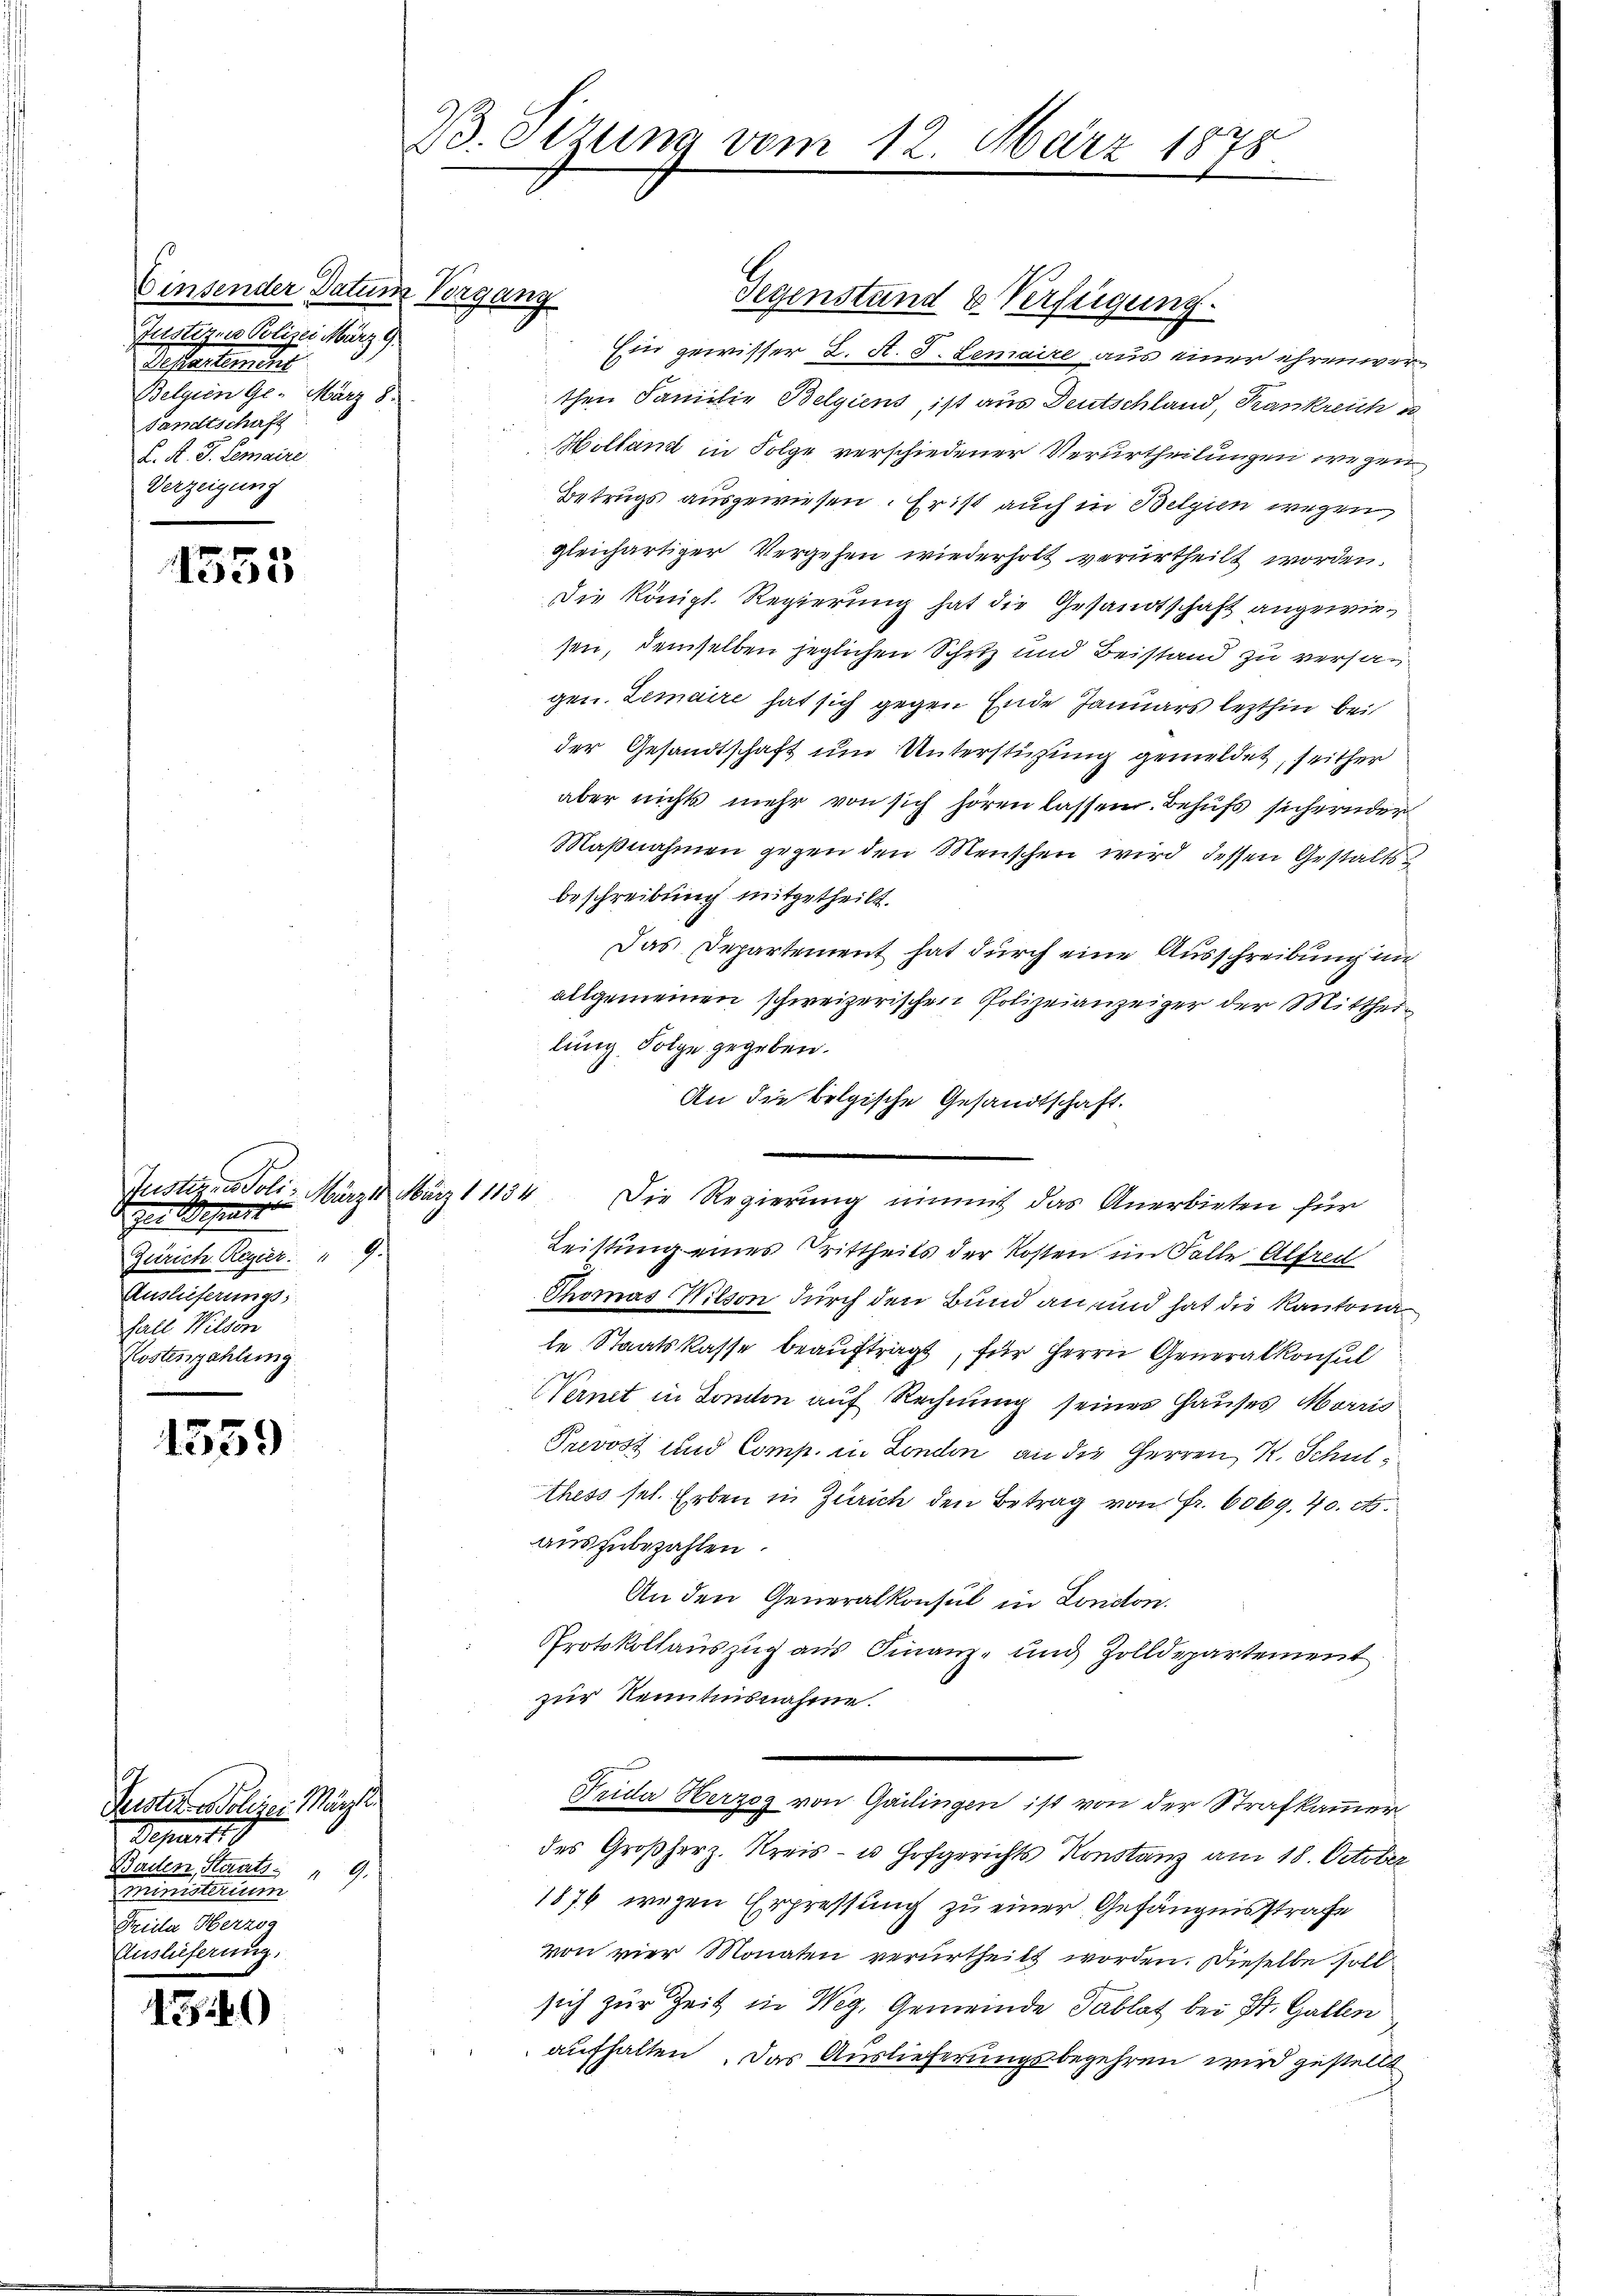
Einsender Datum Vergang
Justiz- u Polizei März 9.
Pestanten die
Belgien Ge- März 8.
sandtschaft
L. K. J. Lemaire
Verzeigung

1553

d zur Befest
.
Zürich. Regier
Auslieferung;
Fall Wilden
Kostenzahlung

1559

Peister Polizei Märzte
Depart
Baden Staats " 9.
Ministerium
Srila Herzog

1340)

B. Sizung vom 12. März 1878

Gegenstand & Verfügung.
Ein gewisser 2. A. S. Lemaire aus einer ehrenwerthen Familie Belgiens, ist aus Deutschland, Frankreich
Holland in Folge verschiedener Verurtheilungen wegen
Betrugs ausgewiesen. Er ist auch in Belgien wegen,
gleichartiger Vergehen wiederholt verurtheilt worden.
Die Königl. Regierung hat die Gesandtschaft angewiesen, demselben jeglichen Schutz und Beistand zu versagen. Lemaire hat sich gegen Ende Januars lezthin bei
der Gesandtschaft um Unterstüzung gemeldet, seither
aber nichts mehr von sich hören lassen. Behufs sichernder
Maßnahmen gegen den Menschen wird dessen Gestaltsbeschreibung mitgetheilt.
Das Departement hat durch eine Ausschreibung un
allgemeinen schweizerischen Polizeianzeiger der Mittheilung Folge gegeben.
An die belgische Gesandtschaft.
Justiz- & Poli- Märzt März 11134. Die Regierŭng einmit das Anerbieten für
Leistung eines Trittheils der Kosten im Falle Alfred
Thomas Wilson durch den Bund an und hat die Kantona
le Staatskasse beauftragt, für Herrn Generalkonsul
2
Cernt in Tomon auf Rechnung seiner Hauses Morris
Prevost und Comp. in London an die Herren K. Schulthess sel. Erben in Zürich den Betrag von Fr. 6069. 40. et.
auszubezahlen.
An den Generalkonsul in London.
Protokollauszug aus Finanz- und Zolldepartement
zur Kenntnisnahme.
Frida Herzog von Gailingen ist von der Strafkammer
des Großherz. Kreis- u. Hofgerichts Konstanz am 18. October
1876 wegen Erpressung zu einer Gefängnisstrafe
von vier Monaten verurtheilt worden. Dieselbe sollsich zur Zeit in Weg, Gemeinde Tablat bei St. Gallen
aufhalten. Das Auslieferungsbegehren wird gestellt